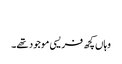
‏
وہاں کچھ فریسی موجود تھے۔